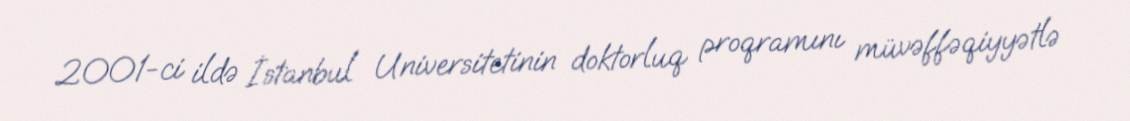
2001-ci ildə İstanbul Universitetinin doktorluq proqramını müvəffəqiyyətlə